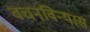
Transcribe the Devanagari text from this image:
वचनविन्यास